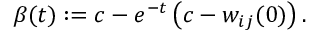
\beta ( t ) : = c - e ^ { - t } \, \big ( c - w _ { i j } ( 0 ) \big ) \, .